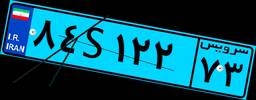
۸۴S۱۲۲۷۳